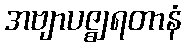
အဗျာပဇ္ဈရတာနံ